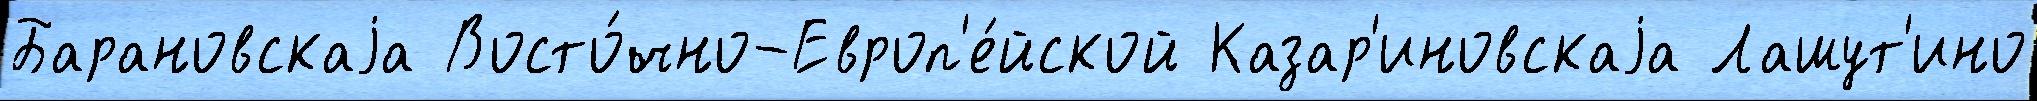
Барановскаjа Восто́чно-Европ'е́йской Казар'иновскаjа Лашут'ино